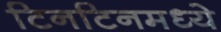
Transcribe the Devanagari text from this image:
टिनटिनमध्ये